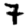
Digit: 7